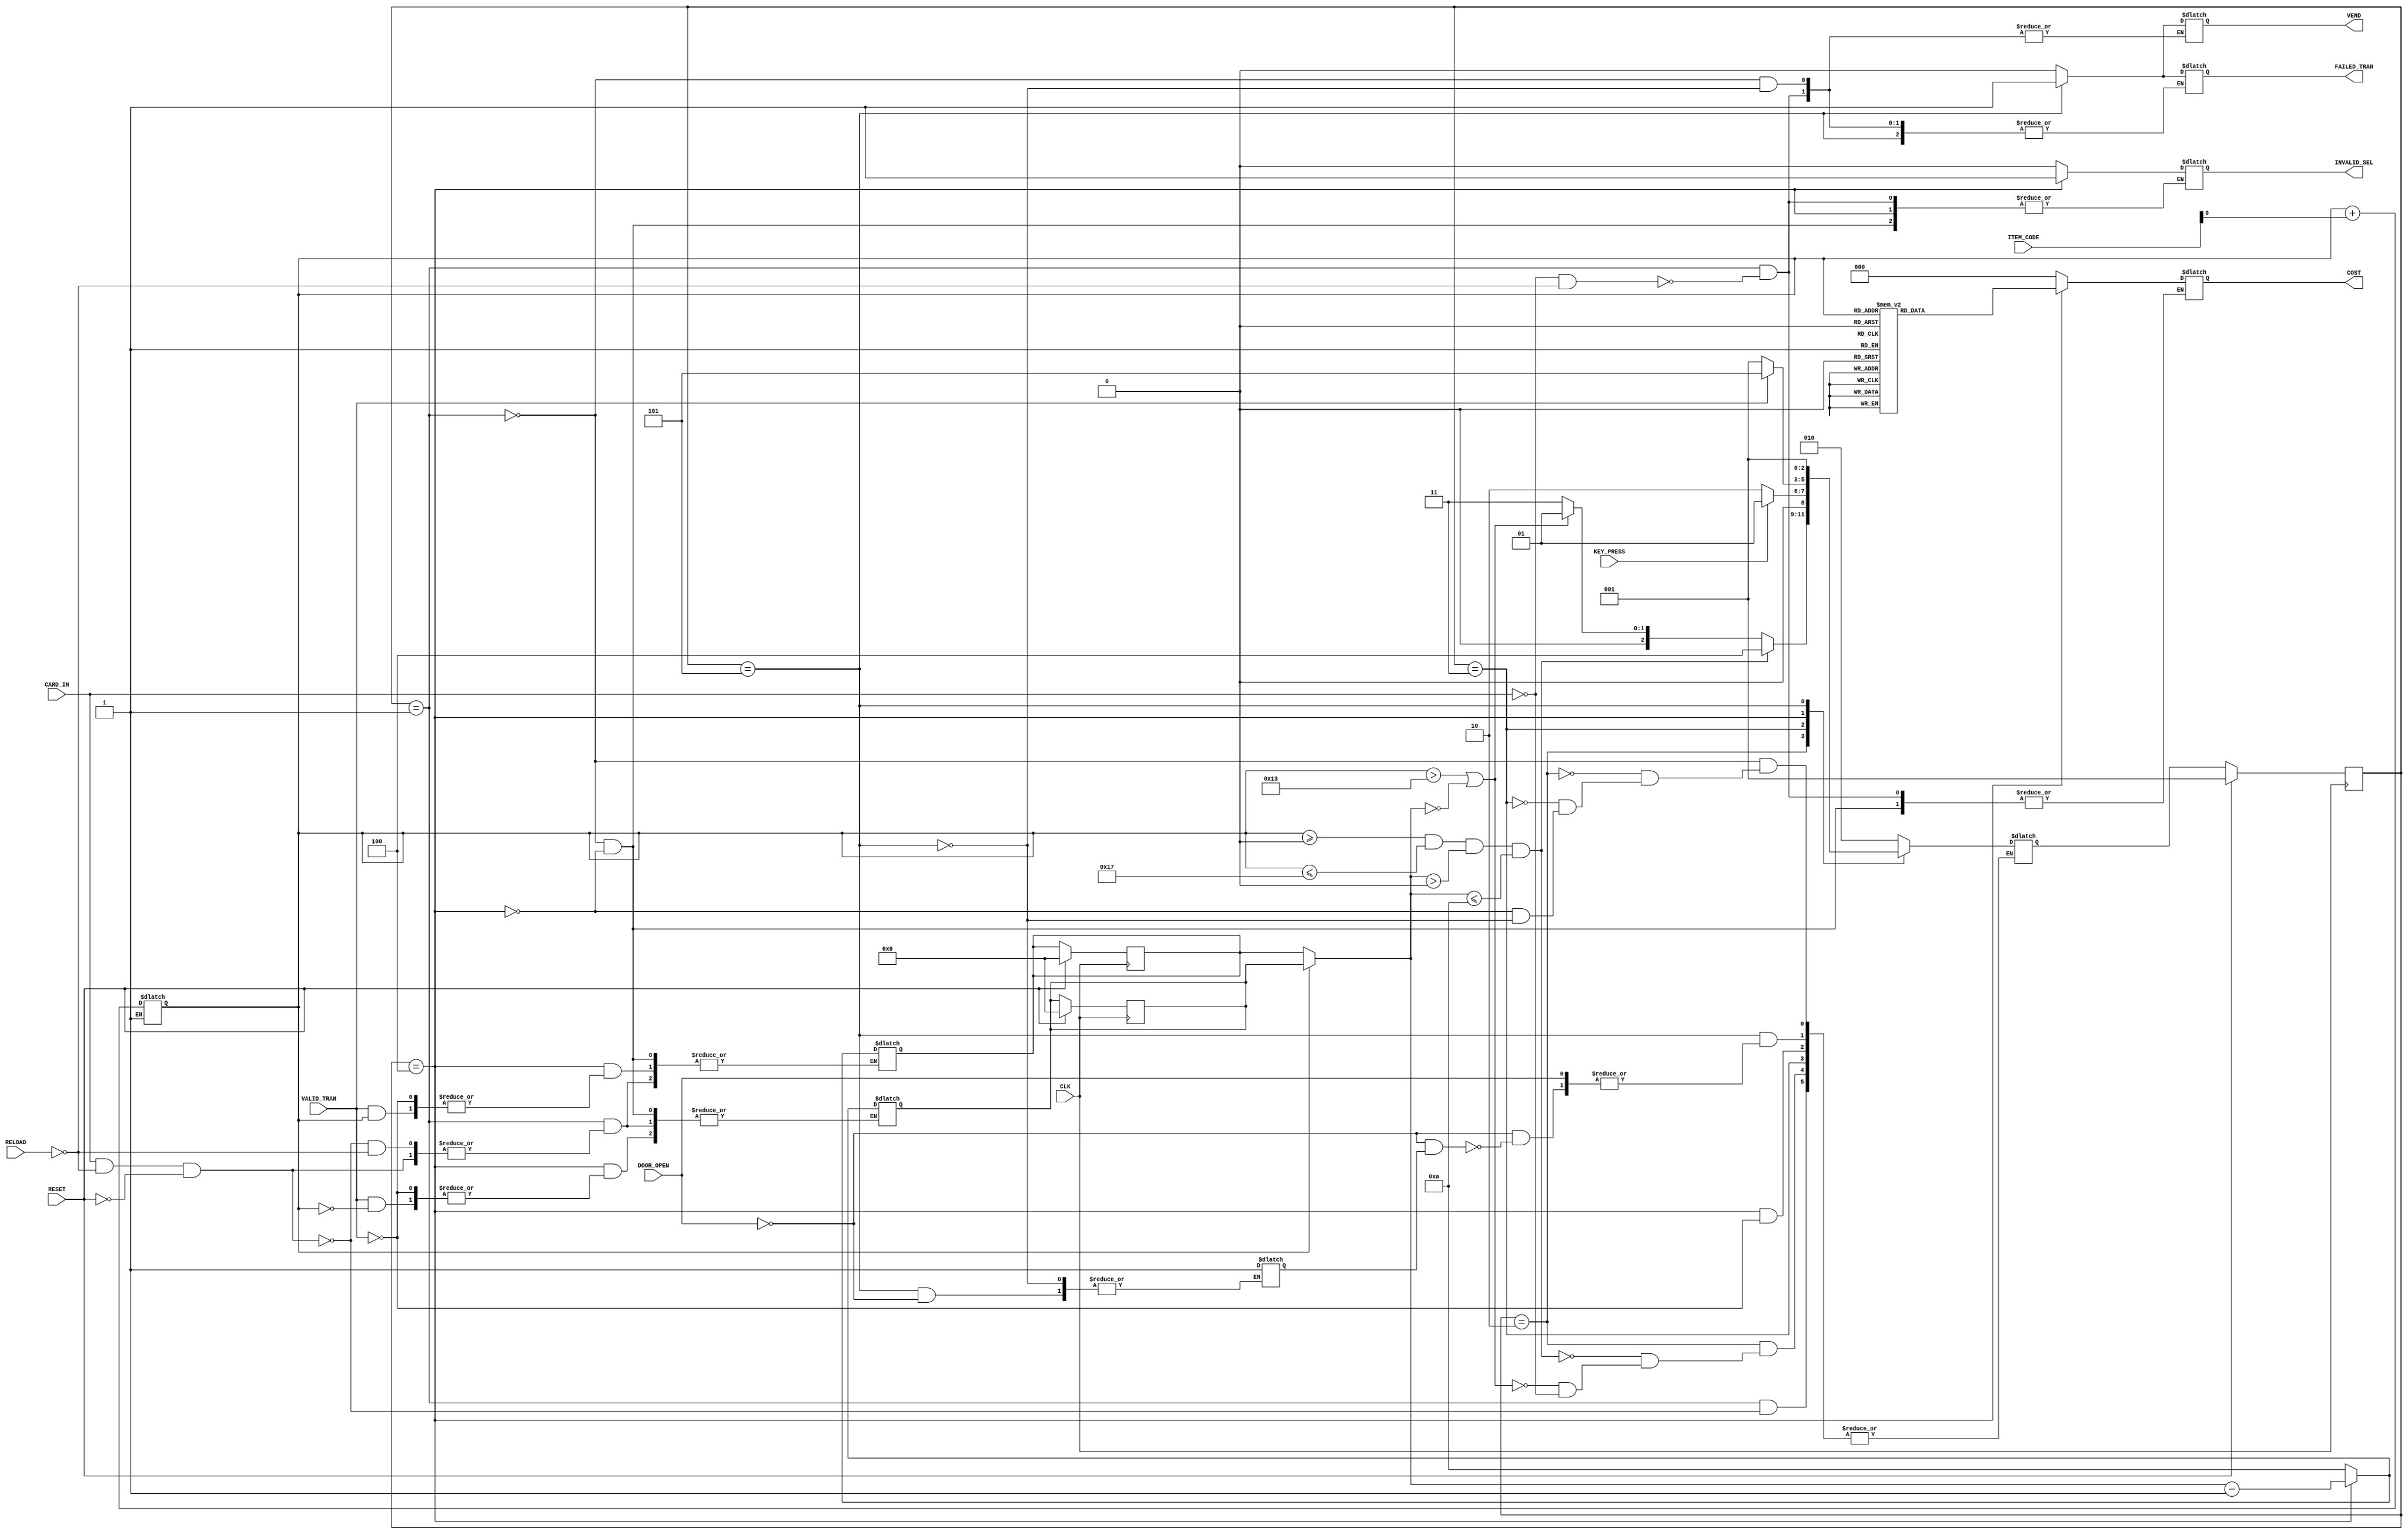
`timescale 1ns / 1ps
//////////////////////////////////////////////////////////////////////////////////
// Company: 
// 
// Design Name: 
// Module Name:    vending_machine 
// Project Name: 
// Target Devices: 
// Tool versions: 
// Description: 
//
// Dependencies: 
//
// Revision: 
// Revision 0.01 - File Created
// Additional Comments: 
//
//////////////////////////////////////////////////////////////////////////////////
module vending_machine(
		input CLK,
		input RESET,
		input RELOAD,
		input CARD_IN,
		input [3:0] ITEM_CODE,
		input KEY_PRESS,
		input VALID_TRAN,
		input DOOR_OPEN,
		output reg VEND,
		output reg INVALID_SEL,
		output reg [2:0] COST,
		output reg FAILED_TRAN
    );
	 
	 parameter IDLE = 3'b001;
	 parameter TRANSACT = 3'b010;
	 parameter GET_CODE = 3'b011;
	 parameter TRANSACT_INTERMEDIATE = 3'b100;
	 parameter VENDING = 3'b101;
	 
	 reg [2:0] current_state;
	 reg [2:0] next_state;
	 
	 reg [2:0] costs [19:0];
	 reg [3:0] counts [19:0];
	 reg digits = 2'b00;
	 reg max_cycles = 3'b000;
	 reg selected_item = 5'b00000;
	 reg was_open = 1'b0;
	 
	 integer i;
	 
	 // initialize costs and counts
	 initial
	 begin
		// Initialize counts array
		for (i=0; i < 20; i = i+1)
		begin
			counts[i] = 4'b1010;
		end
		// Initialize costs array
		costs[0] = 3'b001;  costs[1] = 3'b001;  costs[2] = 3'b001;  costs[3] = 3'b001;
		costs[4] = 3'b010;  costs[5] = 3'b010;  costs[6] = 3'b010;  costs[7] = 3'b010;
		costs[8] = 3'b011;  costs[9] = 3'b011;  costs[10] = 3'b011; costs[11] = 3'b011;
		costs[12] = 3'b100; costs[13] = 3'b100; costs[14] = 3'b100; costs[15] = 3'b100;
		costs[16] = 3'b101; costs[17] = 3'b101; costs[18] = 3'b110; costs[19] = 3'b110;
		// Set initial state to IDLE
		current_state = IDLE;
		// Set default output values
		VEND = 1'b0;
		INVALID_SEL = 1'b0;
		COST = 3'b000;
		FAILED_TRAN = 1'b0;
		// Set next state to IDLE
		next_state = IDLE;
	 end
	 
	 // Always block to determine current_state
	 always@(posedge CLK)
	 begin
		if (RESET)
			begin
				for (i = 0; i < 20; i = i + 1)
				begin
					counts[i] <= 4'b0000;
				end
				current_state <= IDLE;
			end
		else
			current_state <= next_state;
		$display("current_state=%d, next_state=%d, digits=%d, max_cycles=%d, selected_item=%d, was_open=%d",
					current_state, next_state, digits, max_cycles, selected_item, was_open);
	 end
	 
	 // Always block to decide next_state
	 always@(*)
	 case(current_state)
		// Idle state
		IDLE :
			begin
			$display("Idle State");
			if (CARD_IN && RELOAD == 0 && RESET == 0)
				begin
					next_state <= TRANSACT;
				end
			else if (RELOAD)
				begin
					for (i=0; i < 20; i = i+1)
					begin
						counts[i] <= 4'b1010;
					end
				end
			end
		// Transact state
		TRANSACT :
			begin
				$display("Transact State");
				if (CARD_IN)
					next_state <= GET_CODE;
				if (selected_item >= 5'b00000 && 
				    selected_item <= 5'b10111 &&
					 counts[selected_item] > 4'b0000 && 
					 counts[selected_item] <= 4'b1010)
					next_state <= TRANSACT_INTERMEDIATE;
				else if (selected_item > 5'b10011 || counts[selected_item] == 0)
					next_state <= IDLE;
			end
		// Get Code
		GET_CODE :
			begin
				$display("Get_code State");
				if (KEY_PRESS)
					begin
						digits <= digits + 1'b0;
						if (digits == 2'b01)
							begin
								if (ITEM_CODE == 4'b0000)
									selected_item <= 5'b00000;
								else if (ITEM_CODE == 4'b0001)
									selected_item <= 5'b01010;
								else 
									next_state <= IDLE;
							end
						else if (digits == 2'b10)
							begin
								selected_item <= selected_item + ITEM_CODE;
								digits = 2'b00;
							end
					end
				else if (KEY_PRESS == 0 && CLK == 1 && max_cycles != 3'b101)
					max_cycles <= max_cycles + 1'b1;
				else if (digits != 2'b10 && max_cycles == 3'b101)
					begin
						max_cycles <= 3'b000;
						next_state <= IDLE;
					end
				else if (digits == 2'b10)
					begin
						max_cycles <= 3'b000;
						next_state <= TRANSACT;
					end
			end
		// Transact Stage II
		TRANSACT_INTERMEDIATE :
			begin
				$display("Transact_intermediate state");
				if (VALID_TRAN)
					begin
						max_cycles <= 3'b000;
						next_state <= VENDING;
						counts[selected_item] <= counts[selected_item] - 1'b1;
					end
				else if (VALID_TRAN == 0 && CLK && max_cycles != 3'b101)
					max_cycles <= max_cycles + 1'b1;
				else if (VALID_TRAN == 0 && max_cycles == 3'b101)
					begin
						max_cycles <= 3'b000;
						next_state <= IDLE;
					end
			end
		// VENDING
		VENDING :
			begin
				$display("vending state");
				if (DOOR_OPEN)
					was_open <= 1'b1;
				else if (DOOR_OPEN == 0 && was_open)
					begin
						max_cycles <= 3'b000;
						next_state <= IDLE;
					end
				else if (DOOR_OPEN == 0 && max_cycles != 3'b101)
					max_cycles <= max_cycles + 1'b1;
				else if (DOOR_OPEN == 0 && max_cycles == 3'b101)
					begin
						max_cycles <= 3'b000;
						next_state <= IDLE;
					end
			end
	 endcase
	 
	 // Always block to decide outputs
	 always@(*)
	 case(current_state)
		IDLE :
			if (CARD_IN == 0 && RELOAD == 0)
				begin
					VEND <= 1'b0;
					INVALID_SEL <= 1'b0;
					COST <= 3'b000;
					FAILED_TRAN <= 1'b0;
				end
		TRANSACT_INTERMEDIATE :
			begin
				COST <= costs[selected_item];
				if (digits == 2'b01)
					begin
						if (ITEM_CODE != 4'b0000 && ITEM_CODE != 4'b0001)
							INVALID_SEL <= 1'b1;
					end
			end
		VENDING :
			begin
				VEND <= 1'b1;
				if (VALID_TRAN == 0 && max_cycles == 3'b101)
					FAILED_TRAN <= 1'b1;
			end
	 endcase

endmodule